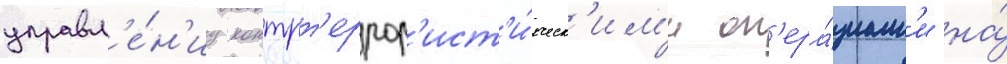
управл'е́н'иу контрт'еррор'ист'и́ческ'им'и оп'ера́циам'и на́